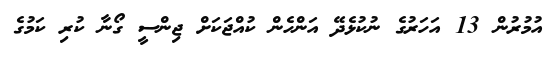
އުމުރުން 13 އަހަރުގެ ނުކުޅެދޭ އަންހެން ކުއްޖަކަށް ޖިންސީ ގޯނާ ކުރި ކަމުގެ